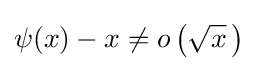
\psi (x)-x\neq o\left({\sqrt {x}}\,\right)